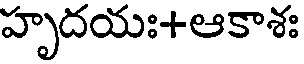
హృదయః+ఆకాశః